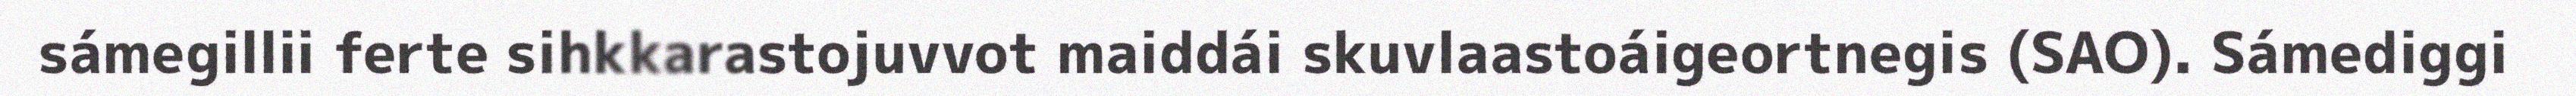
sámegillii ferte sihkkarastojuvvot maiddái skuvlaastoáigeortnegis (SAO). Sámediggi